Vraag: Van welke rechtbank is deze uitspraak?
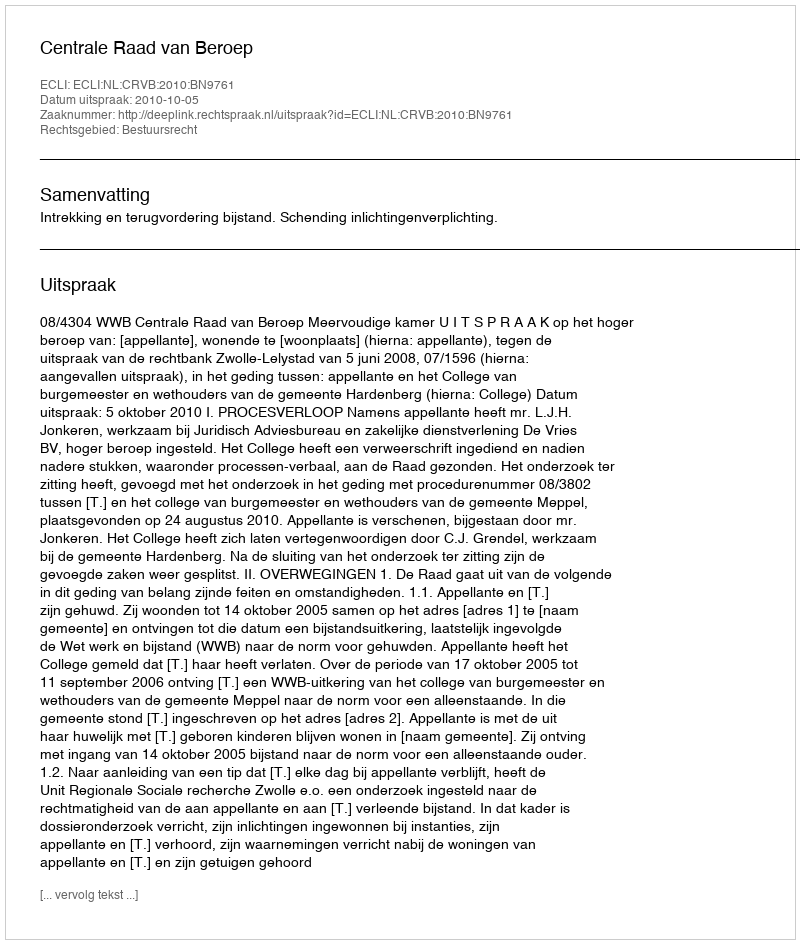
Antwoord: Centrale Raad van Beroep